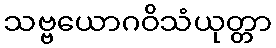
သဗ္ဗယောဂဝိသံယုတ္တာ